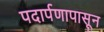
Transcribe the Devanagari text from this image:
पदार्पणापासून